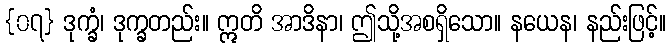
{၀၇} ဒုက္ခံ၊ ဒုက္ခတည်း။ ဣတိ အာဒိနာ၊ ဤသို့အစရှိသော။ နယေန၊ နည်းဖြင့်။